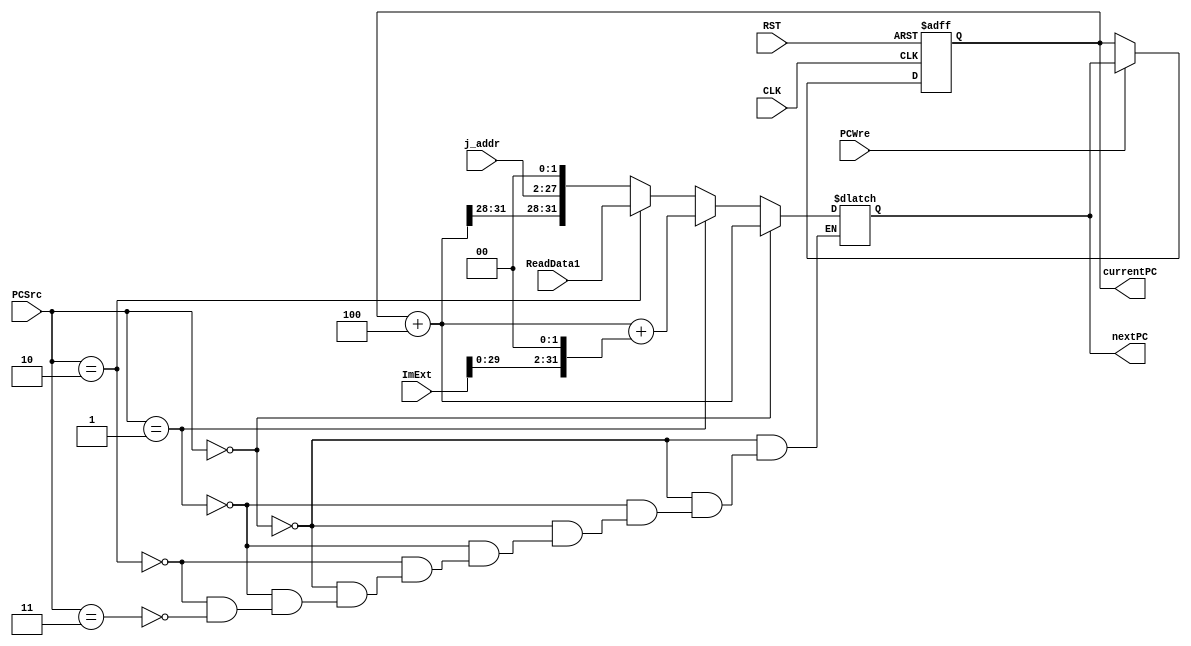
`timescale 1ns / 1ps
//////////////////////////////////////////////////////////////////////////////////
// Company: 
// Engineer: 
// 
// Design Name: 
// Module Name: PC
// Project Name: 
// Target Devices: 
// Tool Versions: 
// Description: 
// 
// Dependencies: 
// 
// Revision:
// Revision 0.01 - File Created
// Additional Comments:
// 
//////////////////////////////////////////////////////////////////////////////////

module PC(
    input CLK, RST, PCWre,
    input [1:0] PCSrc,
    input [31:0] ImExt,
    input [25:0] j_addr,
    input [31:0] ReadData1,
    output reg [31:0] currentPC, nextPC
    );
    initial begin
        currentPC = 0;
        nextPC = 4;
    end
    
    always @(posedge CLK or negedge RST) begin
        if (RST == 0) 
            currentPC = 0;
        else if (PCWre == 1)
            currentPC = nextPC;
    end
    
    always @(PCSrc or ImExt or j_addr) begin
        if (PCSrc == 2'b00) 
            nextPC = currentPC + 4;
        else if (PCSrc == 2'b01)
            nextPC = currentPC + 4 + (ImExt << 2);
        else if (PCSrc == 2'b10) begin
            nextPC = ReadData1;
        end
        else if (PCSrc == 2'b11) begin
            nextPC = currentPC + 4;
            nextPC[27:2] = j_addr;
            nextPC[1:0] = 2'b00;
        end
    end
    
endmodule